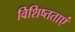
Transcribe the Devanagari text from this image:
विशिष्तताएं